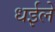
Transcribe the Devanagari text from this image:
धईले